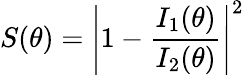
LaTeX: S(\theta)=\left|1-\frac{I_{1}(\theta)}{I_{2}(\theta)}\right|^{2}